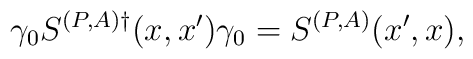
\gamma_0 S^{(P,A)\dagger}(x,x')\gamma_0=S^{(P,A)}(x',x),